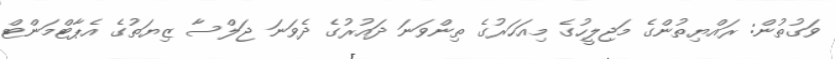
ވަގުތުން: ރައްޔިތުންގެ މަޖިލީހުގެ މިއަހަރުގެ ތިންވަނަ ދައުރުގެ ދެވަނަ ޖަލްސާ ޒިޔަތުގެ އެޕާޓްމަންޓް